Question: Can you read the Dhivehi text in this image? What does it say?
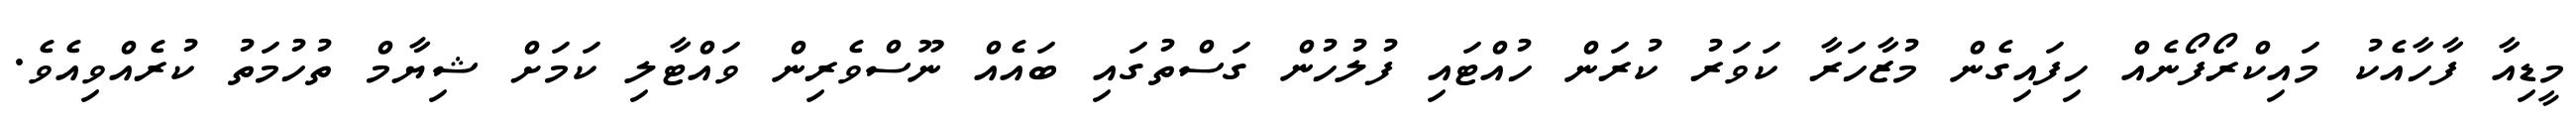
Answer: މީޑިއާ ފާހާއެކު މައިކްރޯފޯނެއް ހިފައިގެން މުޒާހަރާ ކަވަރު ކުރަން ހުއްޓައި ފުލުހުން ގަސްތުގައި ބައެއް ނޫސްވެރިން ވައްޓާލި ކަމަށް ޝިޔާމް ތުހުމަތު ކުރެއްވިއެވެ.